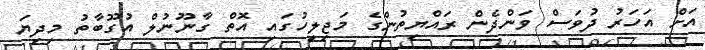
އަށް އަހަރު ދުވަސް ވަންދެން ރައްޔިތުންގެ މަޖިލީހުގައި އޮތް ގާނޫނުލް އުގޫބާތު މިދިޔަ